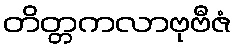
တိတ္တကလာဗုဗီဇံ